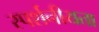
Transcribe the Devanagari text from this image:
स्पर्शनीयता